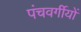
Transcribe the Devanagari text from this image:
पंचवर्गीयों